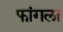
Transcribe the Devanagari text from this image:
फांगला